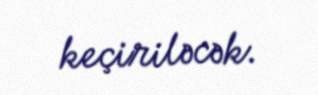
keçiriləcək.